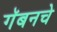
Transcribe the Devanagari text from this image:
गॅबनचे